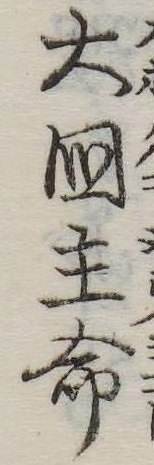
大国主命